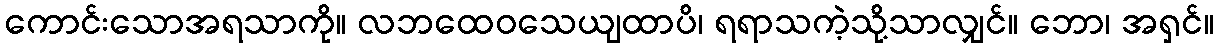
ကောင်းသောအရသာကို။ လဘထေဝသေယျထာပိ၊ ရရာသကဲ့သို့သာလျှင်။ ဘော၊ အရှင်။